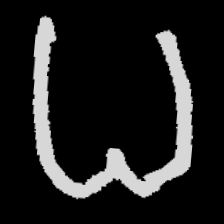
Pyu character \u2014 Myanmar letter: ဓ (romanized: dha)